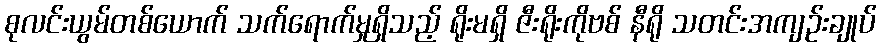
စုလင်းယွမ်တစ်ယောက် သက်ရောက်မှုရှိသည့် ရိုးမရှိ ဇီးရိုးကိုဗစ် နီရို သတင်းအကျဉ်းချုပ်